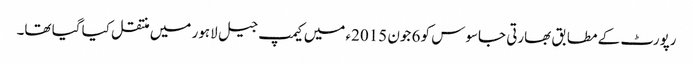
رپورٹ کے مطابق بھارتی جاسوس کو 6 جون 2015ء میں کیمپ جیل لاہور میں منتقل کیا گیا تھا۔